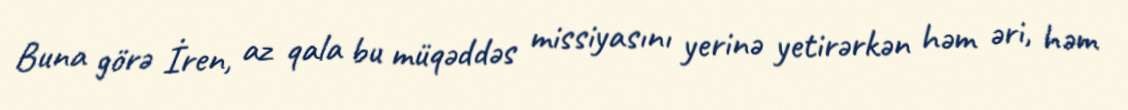
Buna görə İren, az qala bu müqəddəs missiyasını yerinə yetirərkən həm əri, həm